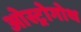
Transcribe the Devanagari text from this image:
ओस्ट्रोगोथ